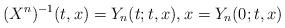
LaTeX: \begin{align*} (X^n)^{-1}(t, x) = Y_n(t; t, x), x = Y_n(0; t, x) \end{align*}